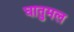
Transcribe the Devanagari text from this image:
घातुमल